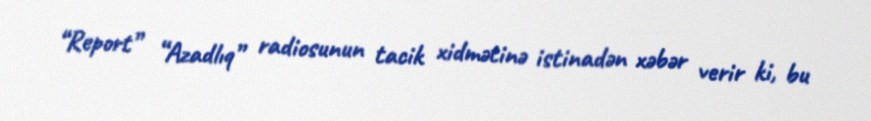
“Report” “Azadlıq” radiosunun tacik xidmətinə istinadən xəbər verir ki, bu